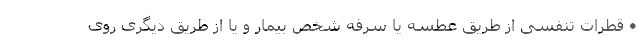
• قطرات تنفسی از طریق عطسه یا سرفهٔ شخص بیمار و یا از طریق دیگری روی